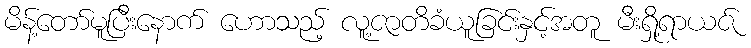
မိန့်တော်မူပြီးနောက် ဟောသည့် လူ့ဇာတိခံယူခြင်းနှင့်အတူ မီးရှို့ရာယဇ်